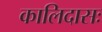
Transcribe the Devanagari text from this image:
कालिदासः